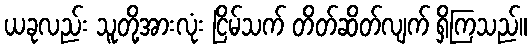
ယခုလည်း သူတို့အားလုံး ငြိမ်သက် တိတ်ဆိတ်လျက် ရှိကြသည်။